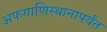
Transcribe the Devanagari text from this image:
अफगाणिस्थानापर्यंत